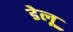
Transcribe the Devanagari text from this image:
डेलू